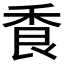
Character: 𦫌